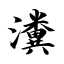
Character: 瀵